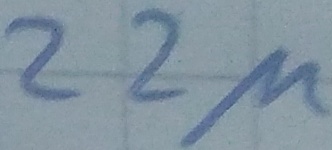
Text: 22µ